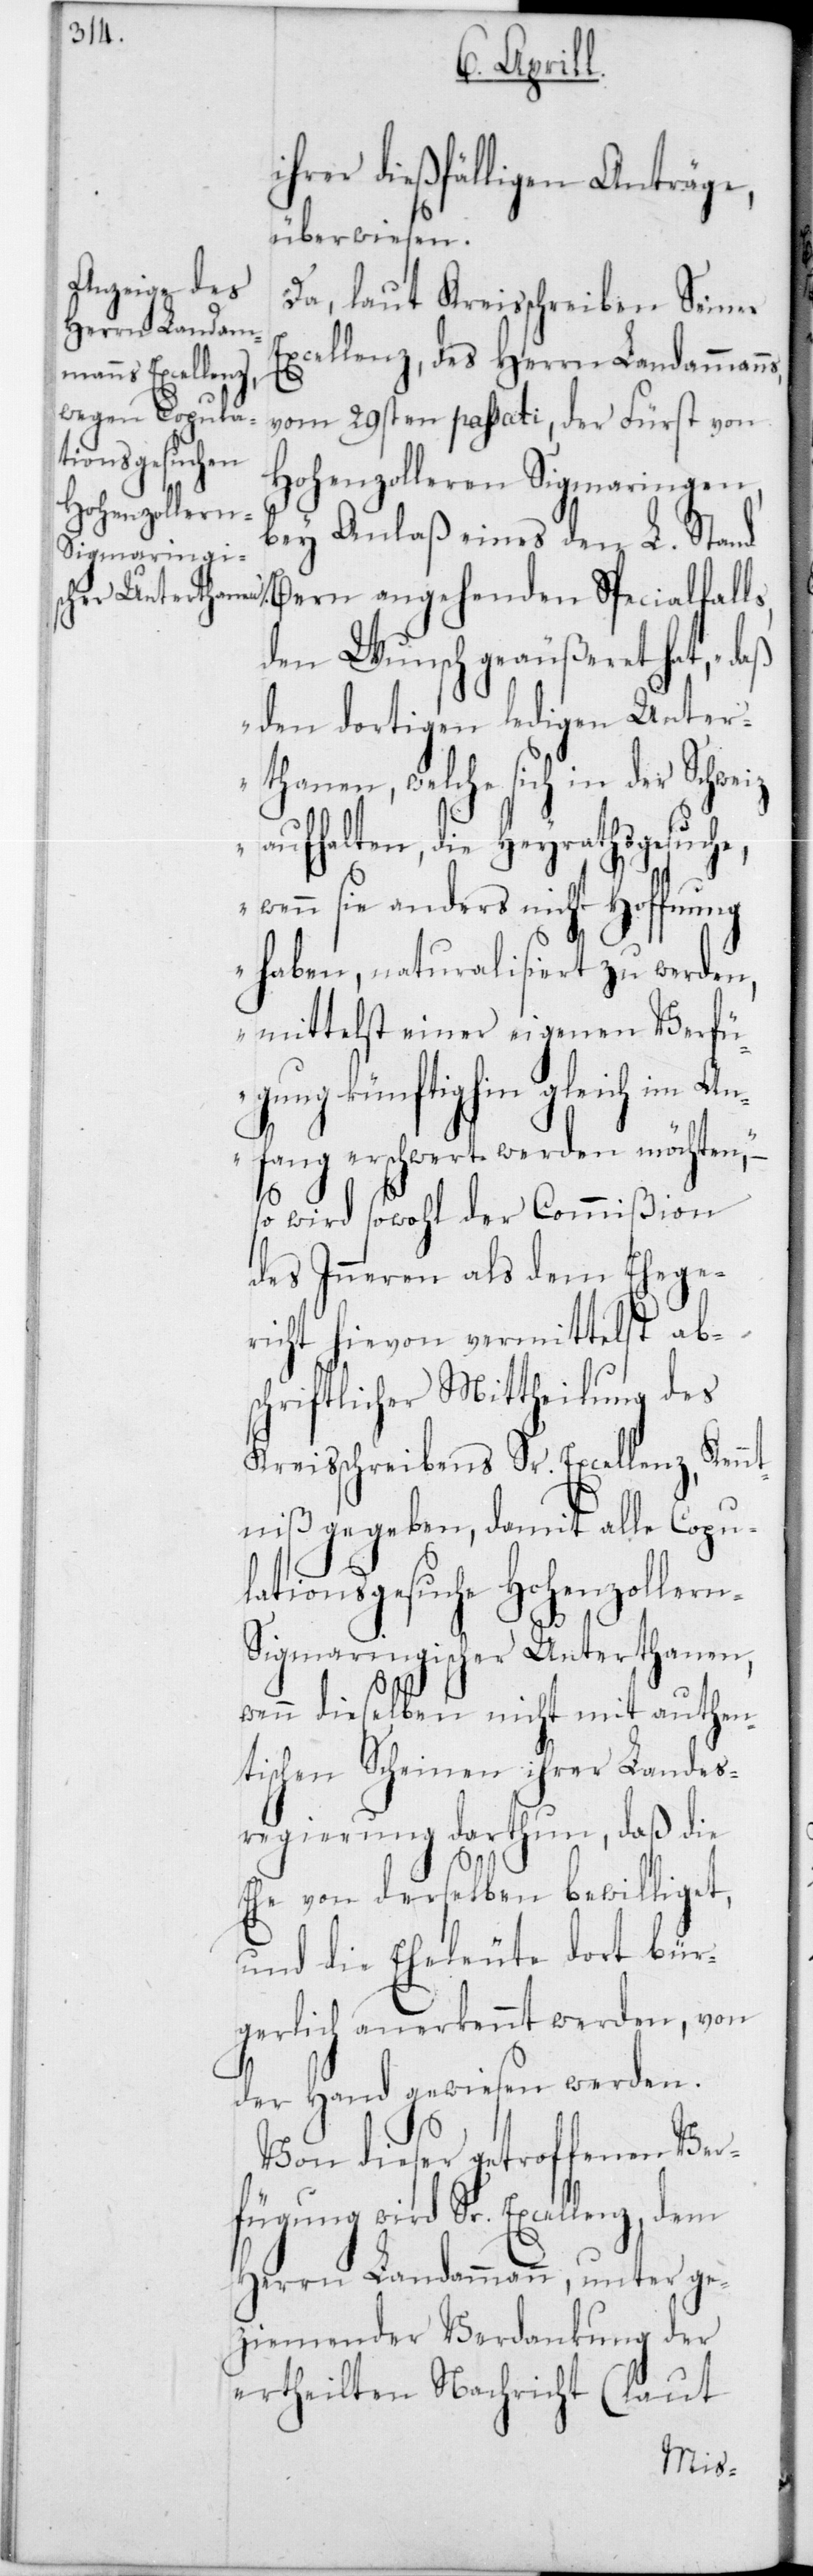
ialfalls,
ihrer dießfälligen Anträge,
überwiesen.
Da, laut Kreisschreiben Seiner
Excellenz, des Herrn Landammanns,
vom 29sten passati, der Fürst von
Hohenzolleren Sigmaringen,
bey Anlaß eines den L. Stand
den Wunsch geäußeret hat, „daß
den dortigen ledigen Unter¬
thanen, welche sich in der
aufhalten, die Heyrathsgesuche,
sie anders nicht Hoffnung
haben, naturalisiert zu werden,
mittelst einer eigenen Verfü¬
gung künftighin gleich im An¬
fang erschwert werden möchten“,
so wird sowohl der Commißion
des Inneren als dem Ehege¬
richt hievon vermittelst ab¬
schriftlicher Mittheilung des
Kreisschreibens Sr. Excellenz, Ken¬
ntniß gegeben, damit alle Copu¬
lationsgesuche Hohenzoller¬
n-Sigmaringischer Unterthanen,
wenn dieselben nicht mit authen¬
tischen Scheinen ihrer Landes¬
regierung darthun, daß die
Ehe von derselben bewilliget,
und die Eheleute dort bür¬
gerlich anerkennt werden, von
der Hand gewiesen werden.
Von dieser getroffenen Ve¬
rfügung wird Sr. Excellenz, dem
Herrn Landammann, unter ge¬
ziemender Verdankung der
ertheilten Nachricht (laut